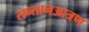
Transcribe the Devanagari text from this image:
सन्तानआत्रण